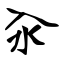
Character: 汆